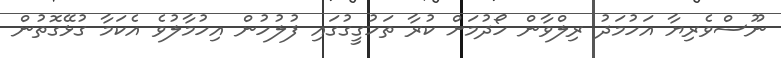
ނޫސްވެރިޔާ އަހުމަދު ރިލްވާން ހޯދުމަށް ކުރާ ތަހުގީގުގައި ފުލުހުން އިހުމާލުވެ އެކަމާ ގުޅޭގޮތުން